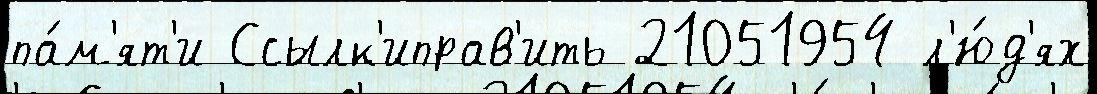
па́м'ят'и Ссылк'иправ'ить 21051954 л'ю́д'ях